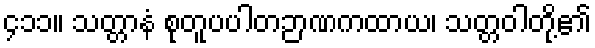
၄၁၁။ သတ္တာနံ စုတူပပါတဉာဏကထာယ၊ သတ္တဝါတို့၏